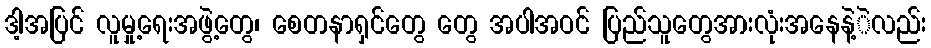
ဒါ့အပြင် လူမှု့ရေးအဖွဲ့တွေ၊ စေတနာရှင်တွေ တွေ အပါအဝင် ပြည်သူတွေအားလုံးအနေနဲ့ဲလည်း